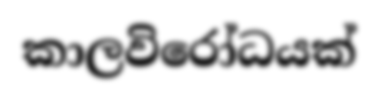
කාලවිරෝධයක්